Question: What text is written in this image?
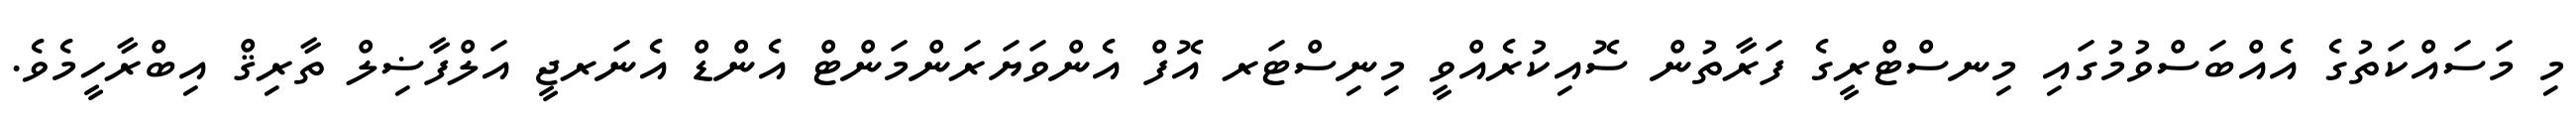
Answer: މި މަސައްކަތުގެ އެއްބަސްވުމުގައި މިނސްޓްރީގެ ފަރާތުން ސޮއިކުރެއްވީ މިނިސްޓަރ އޮފް އެންވަޔަރަންމަންޓް އެންޑް އެނަރޖީ އަލްފާޟިލް ތާރިޤް އިބްރާހީމެވެ.